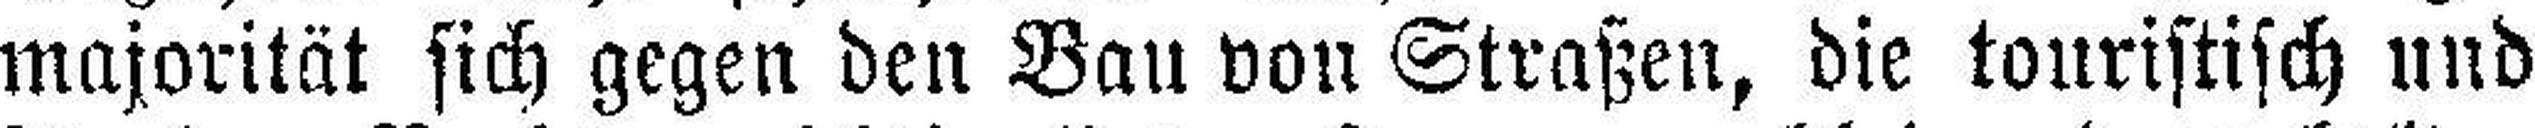
majorität sich gegen den Bau von Straßen, die touristisch und